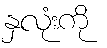
နှလုံးကို